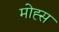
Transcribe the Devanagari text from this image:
मोह्स